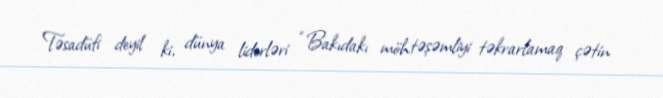
Təsadüfi deyil ki, dünya liderləri “Bakıdakı möhtəşəmliyi təkrarlamaq çətin